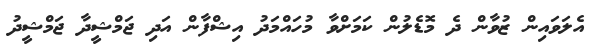
އެލަވައިން ޒުވާން ދެ މޮޑެލުން ކަމަށްވާ މުހައްމަދު އިޝްފާން އަދި ޖަމްޝީދާ ޖަމްޝީދު